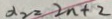
x _ { 2 } = 2 n + 2